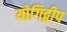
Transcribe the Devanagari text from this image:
योगिद्वीप